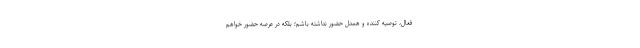
فعال، توصیه کننده و همدل حضور نداشته باشم؛ بلکه در عرصه حضور خواهم